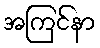
အကြင်နာ